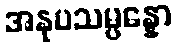
အနုပသမ္ပန္နော